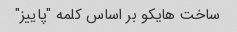
ساخت هایکو بر اساس کلمه "پاییز"